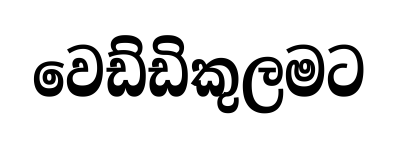
වෙඩ්ඩිකුලමට